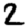
Digit: 2